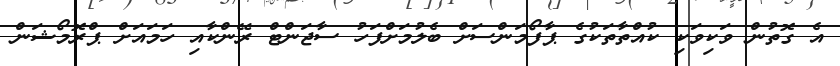
އެ ގޮތުން ވަކިވަކި ކުއްތާތަކުގެ ޕާފޯމަންސަށް ބެލުމަށްފަހު ސާޖަންޓް ރޭންކާއި ހަމައަށް ޕްރޮމޯޝަން